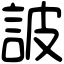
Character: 詖